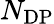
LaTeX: N_{\mathrm{DP}}